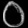
Digit: ၀